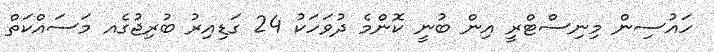
ހައުސިން މިނިސްޓްރީ އިން ބުނީ ކޮންމެ ދުވަހަކު 24 ގަޑިއިރު ބުރިޖުގެއ މަސައްކަތް